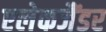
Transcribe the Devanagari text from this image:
एलेकजैंडर